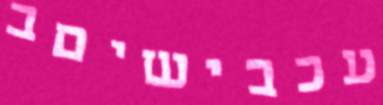
עכבישיםב